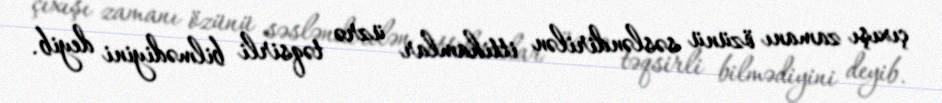
çıxışı zamanı özünü səsləndirilən ittihamlar üzrə təqsirli bilmədiyini deyib.